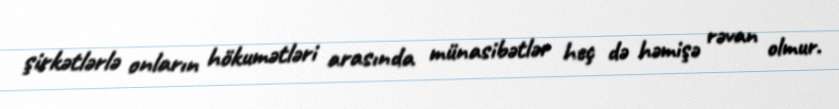
şirkətlərlə onların hökumətləri arasında münasibətlər heç də həmişə rəvan olmur.